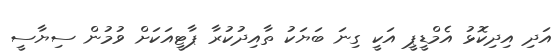
އަދި އިދިކޮޅު އެމްޑީޕީ އަކީ ގިނަ ބަޔަކު ތާއިދުކުރާ ޕާޓީއަކަށް ވުމުން ސިޔާސީ